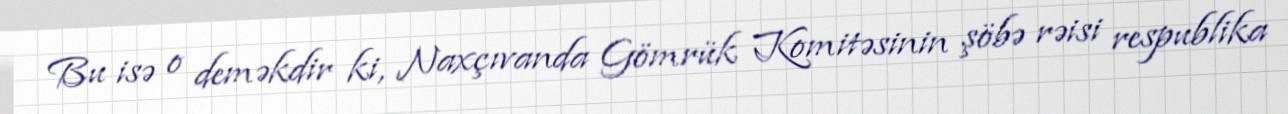
Bu isə o deməkdir ki, Naxçıvanda Gömrük Komitəsinin şöbə rəisi respublika